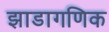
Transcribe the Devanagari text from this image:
झाडागणिक